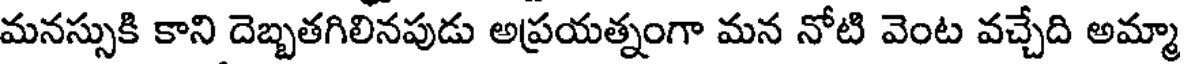
మనస్సుకి కాని దెబ్బతగిలినపుడు అప్రయత్నంగా మన నోటి వెంట వచ్చేది అమ్మా